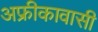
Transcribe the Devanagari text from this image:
अफ्रीकावासी